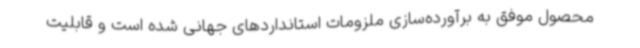
محصول موفق به برآورده‌سازی ملزومات استانداردهای جهانی شده است و قابلیت